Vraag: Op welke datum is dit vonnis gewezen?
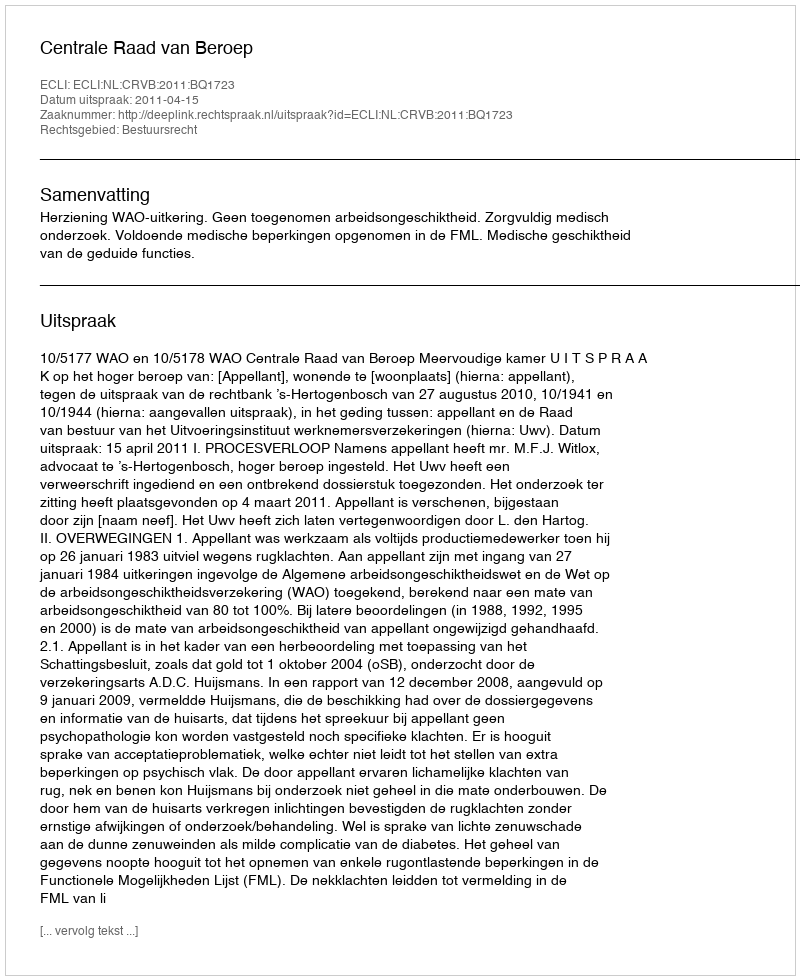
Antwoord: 2011-04-15